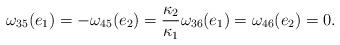
LaTeX: \begin{align*}\omega_{35}(e_1)=-\omega_{45}(e_2)=\frac{\kappa_2}{\kappa_1}\omega_{36}(e_1)=\omega_{46}(e_2)=0.\end{align*}